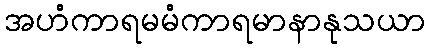
အဟံကာရမမံကာရမာနာနုသယာ